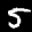
Label: 5